Document type: Emphyteutic lease
Year: 1316
Scribe: Guillem de Vila
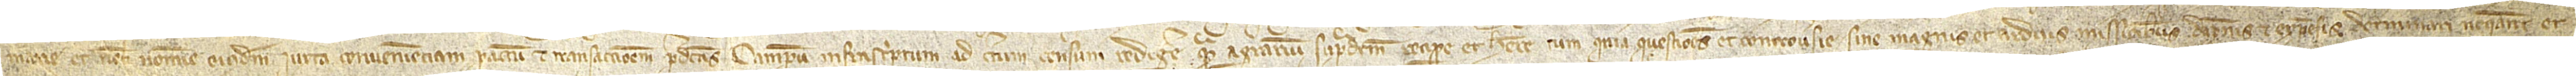
merarie et nobis nomine eiusdem iuxta convenienciam, pactum et transaccionem predictas campum infrascriptum ad certum censum redigere; quam agrarium supradictum recipere et habere, cum quia questiones et controversie sine magnis et arduis missionibus, dampnis et expensis determinari, negari et